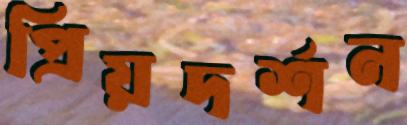
প্রিয়দর্শন